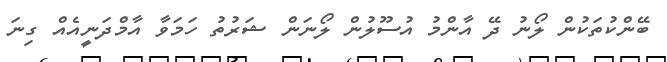
ބޭންކުތަކުން ލޯނު ދޭ އާންމު އުސޫލުން ލޯނަން ޝަރުތު ހަމަވާ އާމްދަނީއެއް ގިނަ